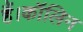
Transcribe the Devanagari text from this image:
हैं।कॉलिन